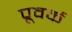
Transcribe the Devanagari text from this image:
पूवर्क